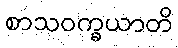
စာသဝက္ခယာတိ